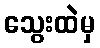
သွေးထဲမှ